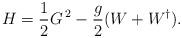
LaTeX: \begin{align*}H = \frac 12 G^{\: 2} - \frac g2 ( W + W^{\dagger} ).\end{align*}